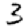
Digit: 3